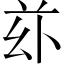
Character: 𠧦